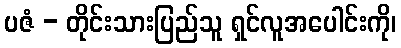
ပဇံ - တိုင်းသားပြည်သူ ရှင်လူအပေါင်းကို၊